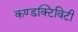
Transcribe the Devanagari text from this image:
कण्डक्टिविटी